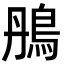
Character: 鴅